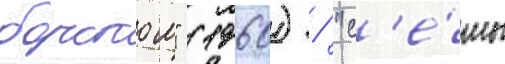
борском" (1960) / "с'е́мь